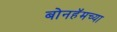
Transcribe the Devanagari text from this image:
बोनहॅमच्या